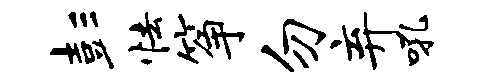
彭怯筝勿弃吼